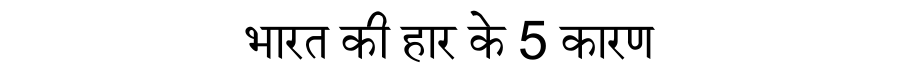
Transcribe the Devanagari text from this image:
भारत की हार के 5 कारण